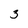
Character: 3